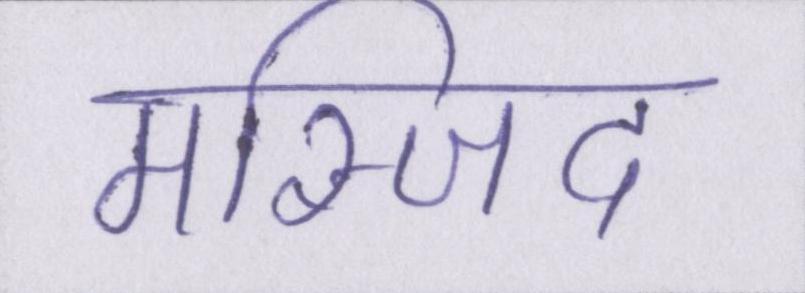
मस्जिद